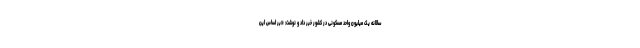
سالانه یک میلیون واحد مسکونی در کشور خبر داد و نوشت: «بر اساس این